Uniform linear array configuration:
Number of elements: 12
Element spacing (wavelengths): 1
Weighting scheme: hann
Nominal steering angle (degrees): -60
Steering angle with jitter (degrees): -58.549
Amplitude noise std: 0.05
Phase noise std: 0.05

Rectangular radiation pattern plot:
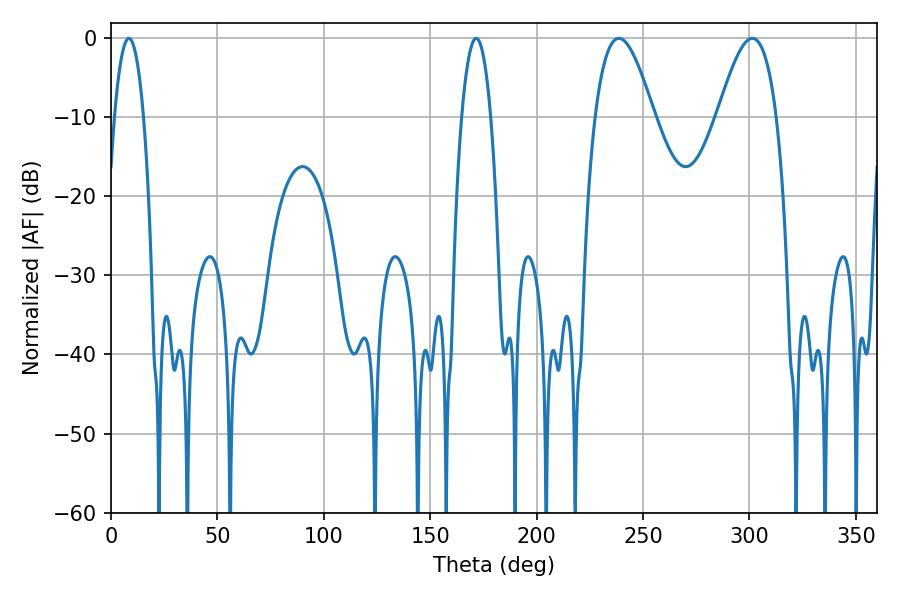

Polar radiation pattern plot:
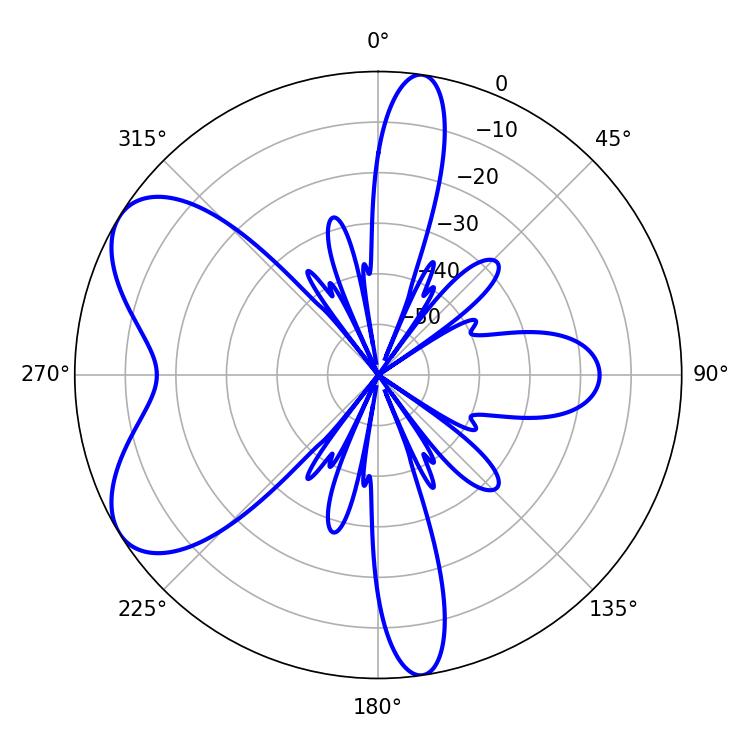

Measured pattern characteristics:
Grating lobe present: TRUE
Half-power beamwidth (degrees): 14.94
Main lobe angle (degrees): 238.68